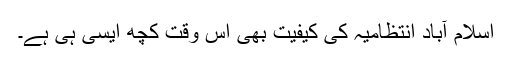
اسلام آباد انتظامیہ کی کیفیت بھی اس وقت کچھ ایسی ہی ہے۔